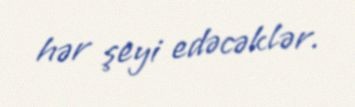
hər şeyi edəcəklər.